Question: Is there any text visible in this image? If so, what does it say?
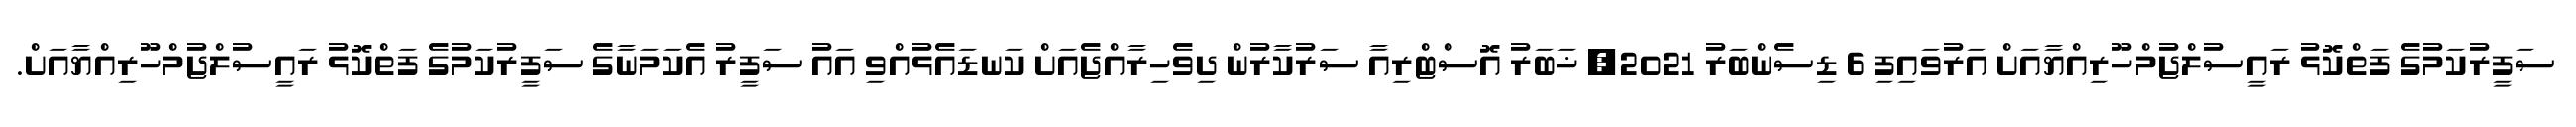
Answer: ސަފީރުކަމުގެ ފަތްކޮޅު ރައީސުލްޖުމްހޫރިއްޔާއަށް އަރުވައިފި 6 ޑިސެންބަރު 2021, ޚަބަރު އޮސްޓްރިއާ ސަރުކާރުން ދިވެހިރާއްޖެއަށް ކަނޑައެޅުއްވި އައު ސަފީރު އެކަމަނާގެ ސަފީރުކަމުގެ ފަތްކޮޅު ރައީސުލްޖުމްހޫރިއްޔާއަށް.